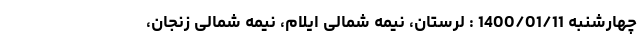
چهارشنبه 1400/01/11 : لرستان، نیمه شمالی ایلام، نیمه شمالی زنجان،